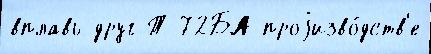
вплавь друг Т-72БА проjизво́дств'е